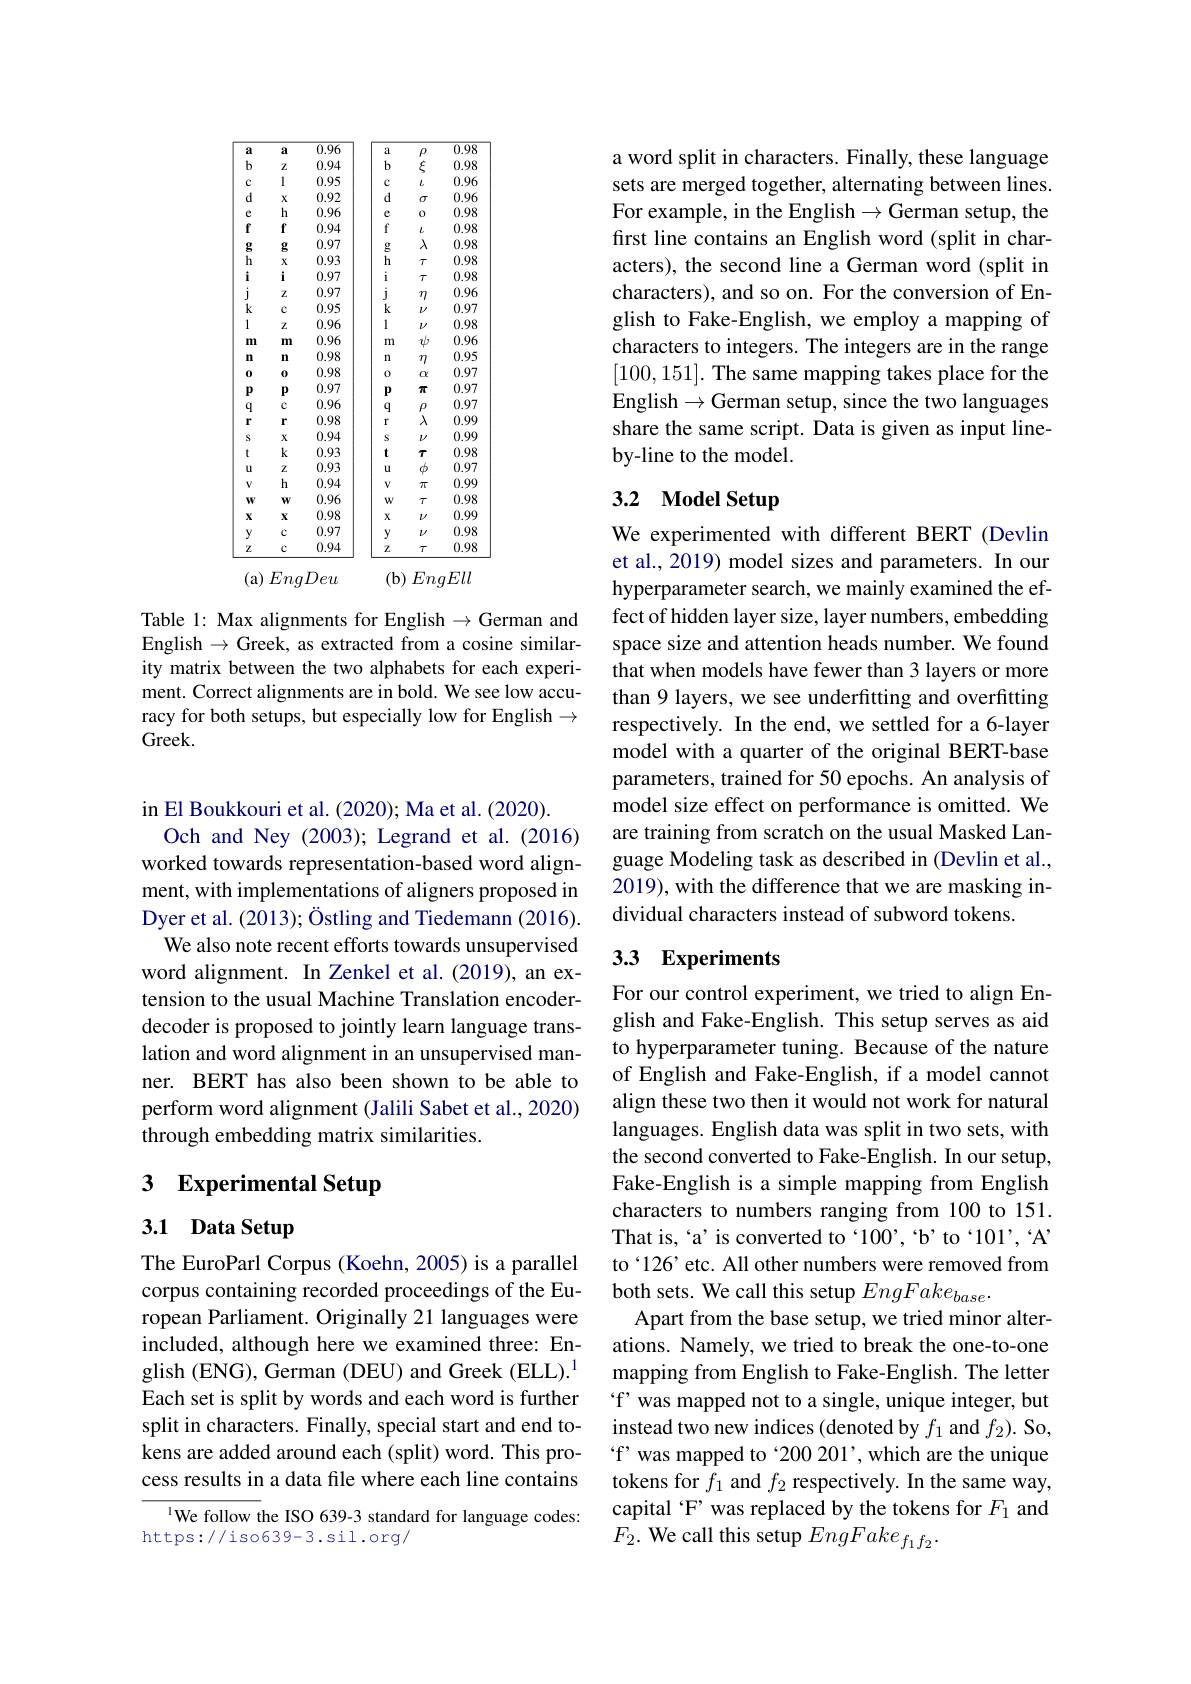
<table>
	<tbody>
		<tr>
			<th>a</th>
			<th>a</th>
			<th>$\overline{0.96}$</th>
			<th>a</th>
			<th>$\rho$</th>
			<th>$\overline{0.98}$</th>
		</tr>
		<tr>
			<td>$b$</td>
			<td>$Z$</td>
			<td>0.94</td>
			<td>$b$</td>
			<td>$\xi$</td>
			<td>0.98</td>
		</tr>
		<tr>
			<td>$C$</td>
			<td>1</td>
			<td>0.95</td>
			<td>$c$</td>
			<td>$l$</td>
			<td>0.96</td>
		</tr>
		<tr>
			<td>d</td>
			<td>$X$</td>
			<td>0.92</td>
			<td>d</td>
			<td>$\sigma$</td>
			<td>0.96</td>
		</tr>
		<tr>
			<td>$e$</td>
			<td>$h$</td>
			<td>0.96</td>
			<td>$e$</td>
			<td>0</td>
			<td>0.98</td>
		</tr>
		<tr>
			<td>f</td>
			<td>$f$</td>
			<td>0.94</td>
			<td>f</td>
			<td>$l$</td>
			<td>0.98</td>
		</tr>
		<tr>
			<td>$g$</td>
			<td>$g$</td>
			<td>0.97</td>
			<td>g</td>
			<td>$\lambda$</td>
			<td>0.98</td>
		</tr>
		<tr>
			<td>h</td>
			<td>$X$</td>
			<td>0.93</td>
			<td>$h$</td>
			<td>$\tau$</td>
			<td>0.98</td>
		</tr>
		<tr>
			<td>i</td>
			<td>i</td>
			<td>0.97</td>
			<td>6 i</td>
			<td>$\tau$</td>
			<td>0.98</td>
		</tr>
		<tr>
			<td>1</td>
			<td>$Z$</td>
			<td>0.97</td>
			<td>1</td>
			<td>$m$</td>
			<td>0.96</td>
		</tr>
		<tr>
			<td>$k$</td>
			<td>$c$</td>
			<td>0.95</td>
			<td>$k$</td>
			<td>$V$</td>
			<td>0.97</td>
		</tr>
		<tr>
			<td>1</td>
			<td>$Z$</td>
			<td>0.96</td>
			<td>1</td>
			<td>$V$</td>
			<td>0.98</td>
		</tr>
		<tr>
			<td>m</td>
			<td>m</td>
			<td>0.96</td>
			<td>m</td>
			<td>$\psi$</td>
			<td>0.96</td>
		</tr>
		<tr>
			<td>n</td>
			<td>m</td>
			<td>0.98</td>
			<td>$n$</td>
			<td>$m$</td>
			<td>0.95</td>
		</tr>
		<tr>
			<td>0</td>
			<td>0</td>
			<td>0.98</td>
			<td>0</td>
			<td>$\alpha$</td>
			<td>0.97</td>
		</tr>
		<tr>
			<td>$p$</td>
			<td>$p$</td>
			<td>0.97</td>
			<td>$p$</td>
			<td>$\pi$</td>
			<td>0.97</td>
		</tr>
		<tr>
			<td>$Q$</td>
			<td>$c$</td>
			<td>0.96</td>
			<td>$q$</td>
			<td>$\rho$</td>
			<td>0.97</td>
		</tr>
		<tr>
			<td>r</td>
			<td>r</td>
			<td>0.98</td>
			<td>r</td>
			<td>$\lambda$</td>
			<td>0.99</td>
		</tr>
		<tr>
			<td>s</td>
			<td>$X$</td>
			<td>0.94</td>
			<td>S</td>
			<td>$V$</td>
			<td>0.99</td>
		</tr>
		<tr>
			<td>t</td>
			<td>$k$</td>
			<td>0.93</td>
			<td>$t$</td>
			<td>$\tau$</td>
			<td>0.98</td>
		</tr>
		<tr>
			<td>u</td>
			<td>$Z$</td>
			<td>0.93</td>
			<td>u</td>
			<td>$\phi$</td>
			<td>0.97</td>
		</tr>
		<tr>
			<td>$V$</td>
			<td>$h$</td>
			<td>0.94</td>
			<td>$V$</td>
			<td>$\pi$</td>
			<td>0.99</td>
		</tr>
		<tr>
			<td>$W$</td>
			<td>$W$</td>
			<td>0.96</td>
			<td>$W$</td>
			<td>$\tau$</td>
			<td>0.98</td>
		</tr>
		<tr>
			<td>$X$</td>
			<td>$\mathbf{x}$</td>
			<td>0.98</td>
			<td>$X$</td>
			<td>$V$</td>
			<td>0.99</td>
		</tr>
		<tr>
			<td>$V$</td>
			<td>$c$</td>
			<td>0.97</td>
			<td>$V$</td>
			<td>$V$</td>
			<td>0.98</td>
		</tr>
		<tr>
			<td>$Z$</td>
			<td>$c$</td>
			<td>0.94</td>
			<td>$Z$</td>
			<td>$\tau$</td>
			<td>0.98</td>
		</tr>
	</tbody>
</table>
(b) EngEll
(a) EngDeu

Table 1: Max alignments for English $\to$German and English $\to$Greek, as extracted from a cosine similarity matrix between the two alphabets for each experiment. Correct alignments are in bold. We see low accuracy for both setups, but especially low for English $\to$ Greek.

in El Boukkouri et al. (2020); Ma et al. (2020).
Och and Ney (2003); Legrand et al.(2016) worked towards representation-based word alignment, with implementations of aligners proposed in Dyer et al. (2013); Östling and Tiedemann (2016).
We also note recent efforts towards unsupervised word alignment. In Zenkel et al.(2019), an extension to the usual Machine Translation encoderdecoder is proposed to jointly learn language translation and word alignment in an unsupervised manner. BERT has also been shown to be able to perform word alignment (Jalili Sabet et al., 2020) through embedding matrix similarities.

## 3 $\textbf{Experimental Setup}$

# 3.1 Data Setup

The EuroParl Corpus (Koehn, 2005) is a parallel ropean Parliament. Originally 21 languages were included, although here we examined three: English (ENG), German (DEU) and Greek (ELL).$^{1}$ Each set is split by words and each word is further split in characters. Finally, special start and end tokens are added around each (split) word. This process results in a data file where each line contains

1We follow the ISO 639-3 standard for language codes:
https://iso639-3.sil.org/

a word split in characters. Finally, these language sets are merged together, alternating between lines. For example, in the English$\to$German setup, the first line contains an English word (split in characters), the second line a German word (split in characters), and so on. For the conversion of English to Fake-English, we employ a mapping of characters to integers. The integers are in the range [100,151]. The same mapping takes place for the English$\to$German setup, since the two languages share the same script. Data is given as input lineby-line to the model.

# 3.2 Model Setup

We experimented with different BERT (Devlin et al., 2019) model sizes and parameters. In our hyperparameter search, we mainly examined the effect of hidden layer size, layer numbers, embedding space size and attention heads number. We found that when models have fewer than 3 layers or more than 9 layers, we see underfitting and overfitting respectively. In the end, we settled for a 6-layer model with a quarter of the original BERT-base parameters, trained for 50 epochs. An analysis of model size effect on performance is omitted. We are training from scratch on the usual Masked Language Modeling task as described in (Devlin et al., 2019), with the difference that we are masking individual characters instead of subword tokens.

## 3.3 Experiments

For our control experiment, we tried to align English and Fake-English. This setup serves as aid to hyperparameter tuning. Because of the nature of English and Fake-English, if a model cannot align these two then it would not work for natural languages. English data was split in two sets, with the second converted to Fake-English. In our setup, Fake-English is a simple mapping from English characters to numbers ranging from 100 to 151. That is, ‘a’ is converted to‘100’,“b' to‘101’,‘A’ to‘126’etc. All other numbers were removed from
corpus containing recorded proceedings of the Eu- both sets. We call this setup $EngFake_{base}.$
Apart from the base setup, we tried minor alterations. Namely, we tried to break the one-to-one mapping from English to Fake-English. The letter “f' was mapped not to a single, unique integer, but instead two new indices (denoted by $f_1$ and $f_2).$ So, “f’was mapped to‘200 201’, which are the unique tokens for $f_1$ and $f_2$ respectively. In the same way, capital ‘F’ was replaced by the tokens for $F_{1}$ and $F_{2}.$ We call this setup $EngFake_f_1f_2.$